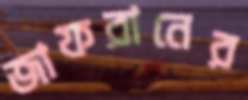
জাফরানের